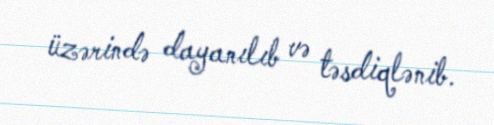
üzərində dayanılıb və təsdiqlənib.